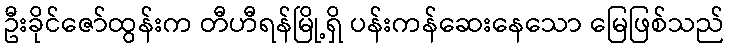
ဦးခိုင်ဇော်ထွန်းက တီဟီရန်မြို့ရှိ ပန်းကန်ဆေးနေသော မြေဖြစ်သည်